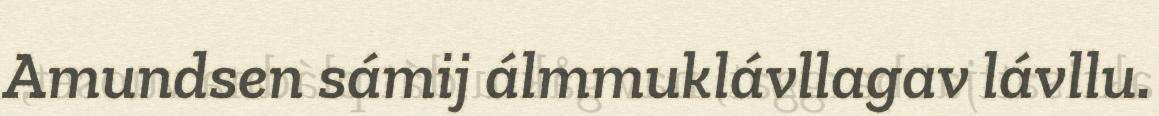
Amundsen sámij álmmuklávllagav lávllu.